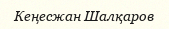
Кеңесжан Шалқаров